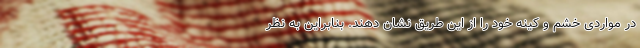
در مواردی خشم و کینه خود را از این طریق نشان دهند. بنابراین به نظر